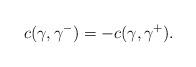
LaTeX: \begin{align*} c(\gamma,\gamma^-)=-c(\gamma,\gamma^+).\end{align*}